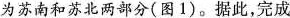
为苏南和苏北两部分(图1)。据此，完成